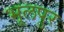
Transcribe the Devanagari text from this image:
भूलपुर